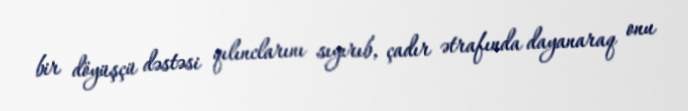
bir döyüşçü dəstəsi qılınclarını sıyırıb, çadır ətrafında dayanaraq onu